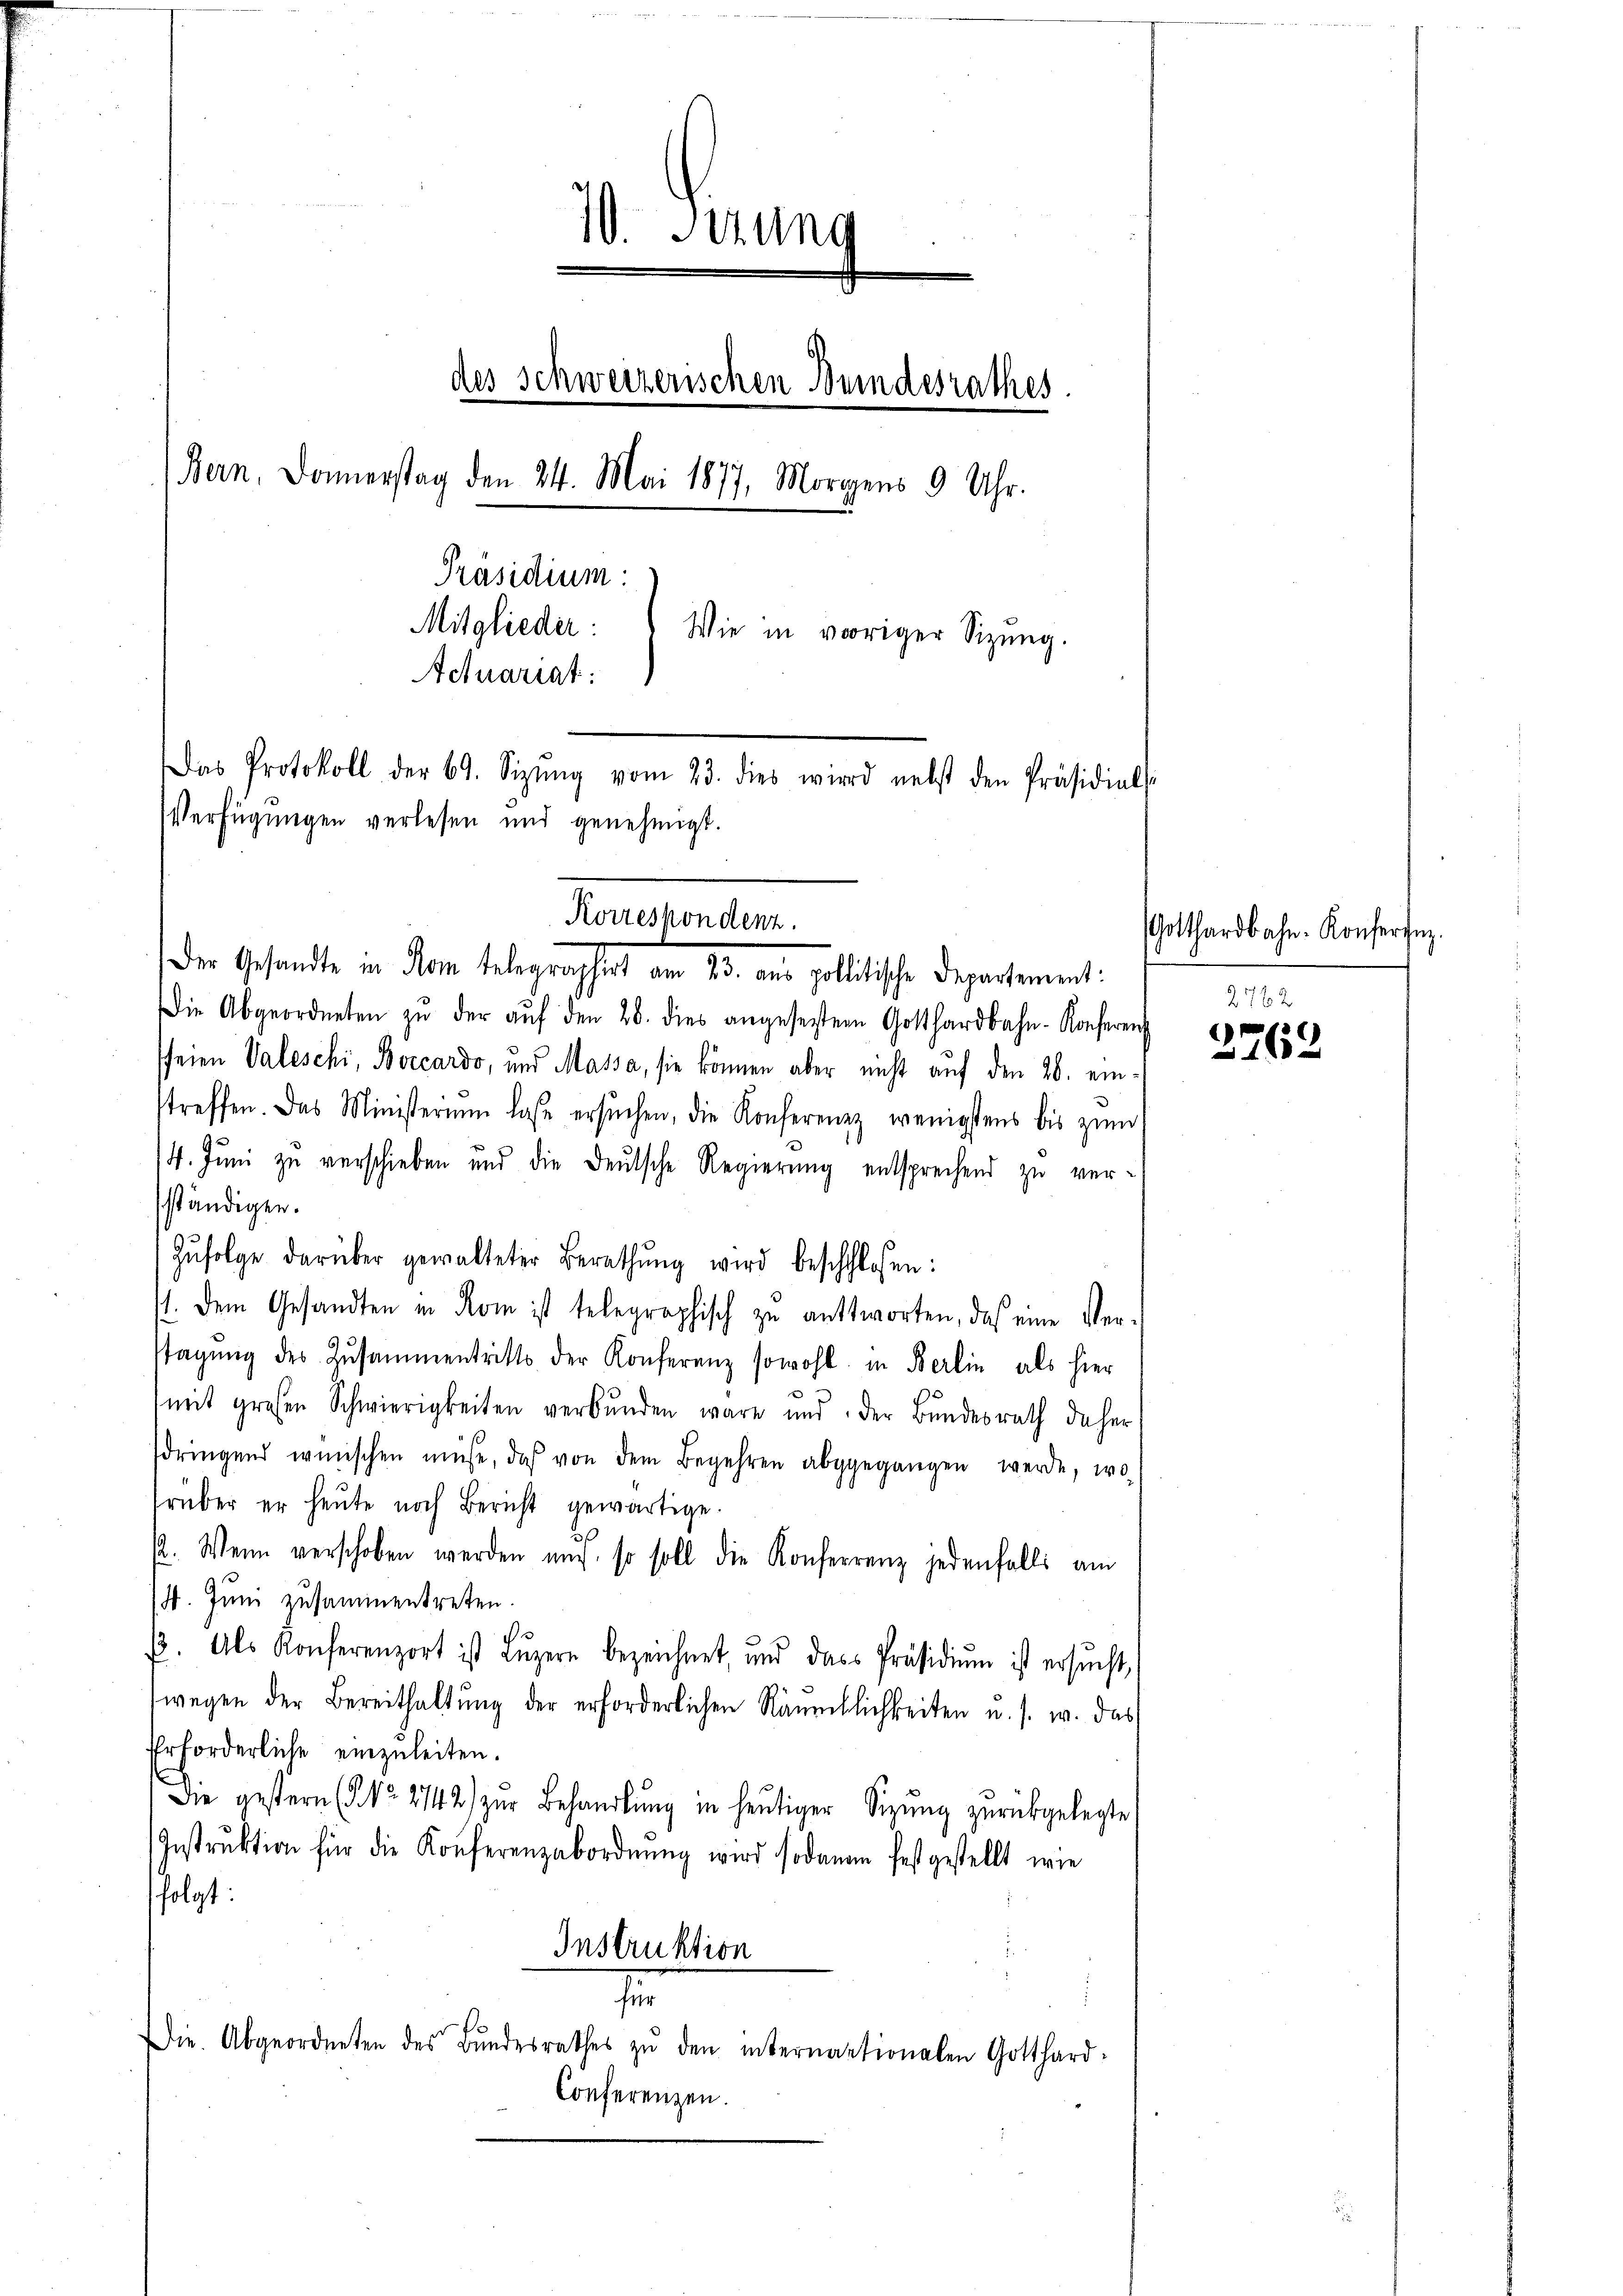
10. Perung
des Schweizerischen Bundesrathes
Bern, Donnerstag den 24. Mai 1877, Morgens 9 Uhr.
Präsidium:
Mitglieder
Wie in voriger Sizung.
Actuariat:
Das Protokoll der 69. Sizŭng vom 23. dies wird nebst den Präsidials
Verfügungen verlesen und genehmigt.

Die Abgeordneten zŭ der aŭf den 28. dies angesetztern Gotthardbahn-Konferen
sfeien Valeschi, Borcardo, und Massa, sie können aber nicht auf den 26. eintreffen. Das Ministerium lase ersŭchen, die Konferenz wenigstens bis zŭm
14. Juni zu verschieben und die Deutsche Regierung entsprechend zu versständigen.
Zŭfolge darüber gewalteter Berathŭng wird beschlossen:
st. Dem Gesandten in Rom ist telegraphisch zu antworten, daß eine Verstagŭng des Zŭsammentritt der Konferenz sowohl in Berlin als hier
mit großen Schwierigkeiten verbŭnden wäre und der Bundesrath daher
dringend wünschen müsse, das von dem Begehren abgegangen werde, wo
rüber er heute noch Bericht gewärtige.
p. Wenn verschoben werden uns, so soll die Konferrenz jedenfalls am
/4. Juni zusammentreten.
. Als Konferenzort ist Lŭzern bezeichnet, und dass Präsidiŭm ist ersŭcht,
wegen der Bereithaltung der erforderlichen Räumlichkeiten u. s. w. das
Erforderliche einzuleiten.
Die gestern (§ No. 2742) zŭr Behandlŭng in heŭtiger Sitzŭng zŭrückgelegte
Instrŭktion für die Konferenzabordnŭng wird sodann festgestellt wie
folgt:
Instruktion
f
Die. Abgeordneten des Bŭndesrathes zŭ den internationalen Gotthard-
Conferenzen.

Korrespondenz.
Der Gesandte in Rom telegraphirt am 23. aus politische Departement:

Potthardbahn. Konferenz.
2762

2762